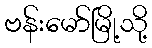
ဗန်းမော်မြို့သို့